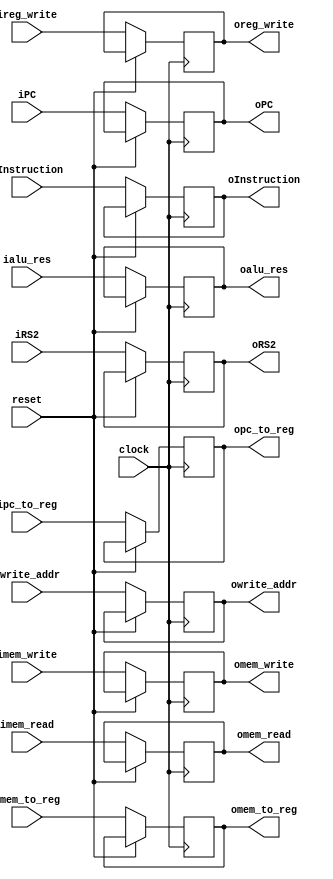
module EXMEM(


	input clock, reset, imem_read, imem_to_reg, ipc_to_reg, imem_write,  ireg_write,
	input [31:0] iPC, iInstruction, ialu_res,iRS2,
	input[4:0] iwrite_addr,

	output reg  omem_read, omem_to_reg, opc_to_reg, omem_write, oreg_write,
	output reg [31:0] oPC, oInstruction,oalu_res, oRS2,
	output reg [4:0] owrite_addr
);

	
initial begin
	oPC =32'b0;
	oInstruction =32'b0;
end


always@ (posedge clock) 
begin
	if(~reset) begin
    oalu_res<=ialu_res;
    oRS2<=iRS2;
		omem_read <= imem_read;
		omem_to_reg <= imem_to_reg;
		opc_to_reg <= ipc_to_reg;
		omem_write <= imem_write;

		oreg_write <= ireg_write;
		oPC <= iPC;
		oInstruction <= iInstruction;

		owrite_addr <= iwrite_addr;

	end
end
endmodule